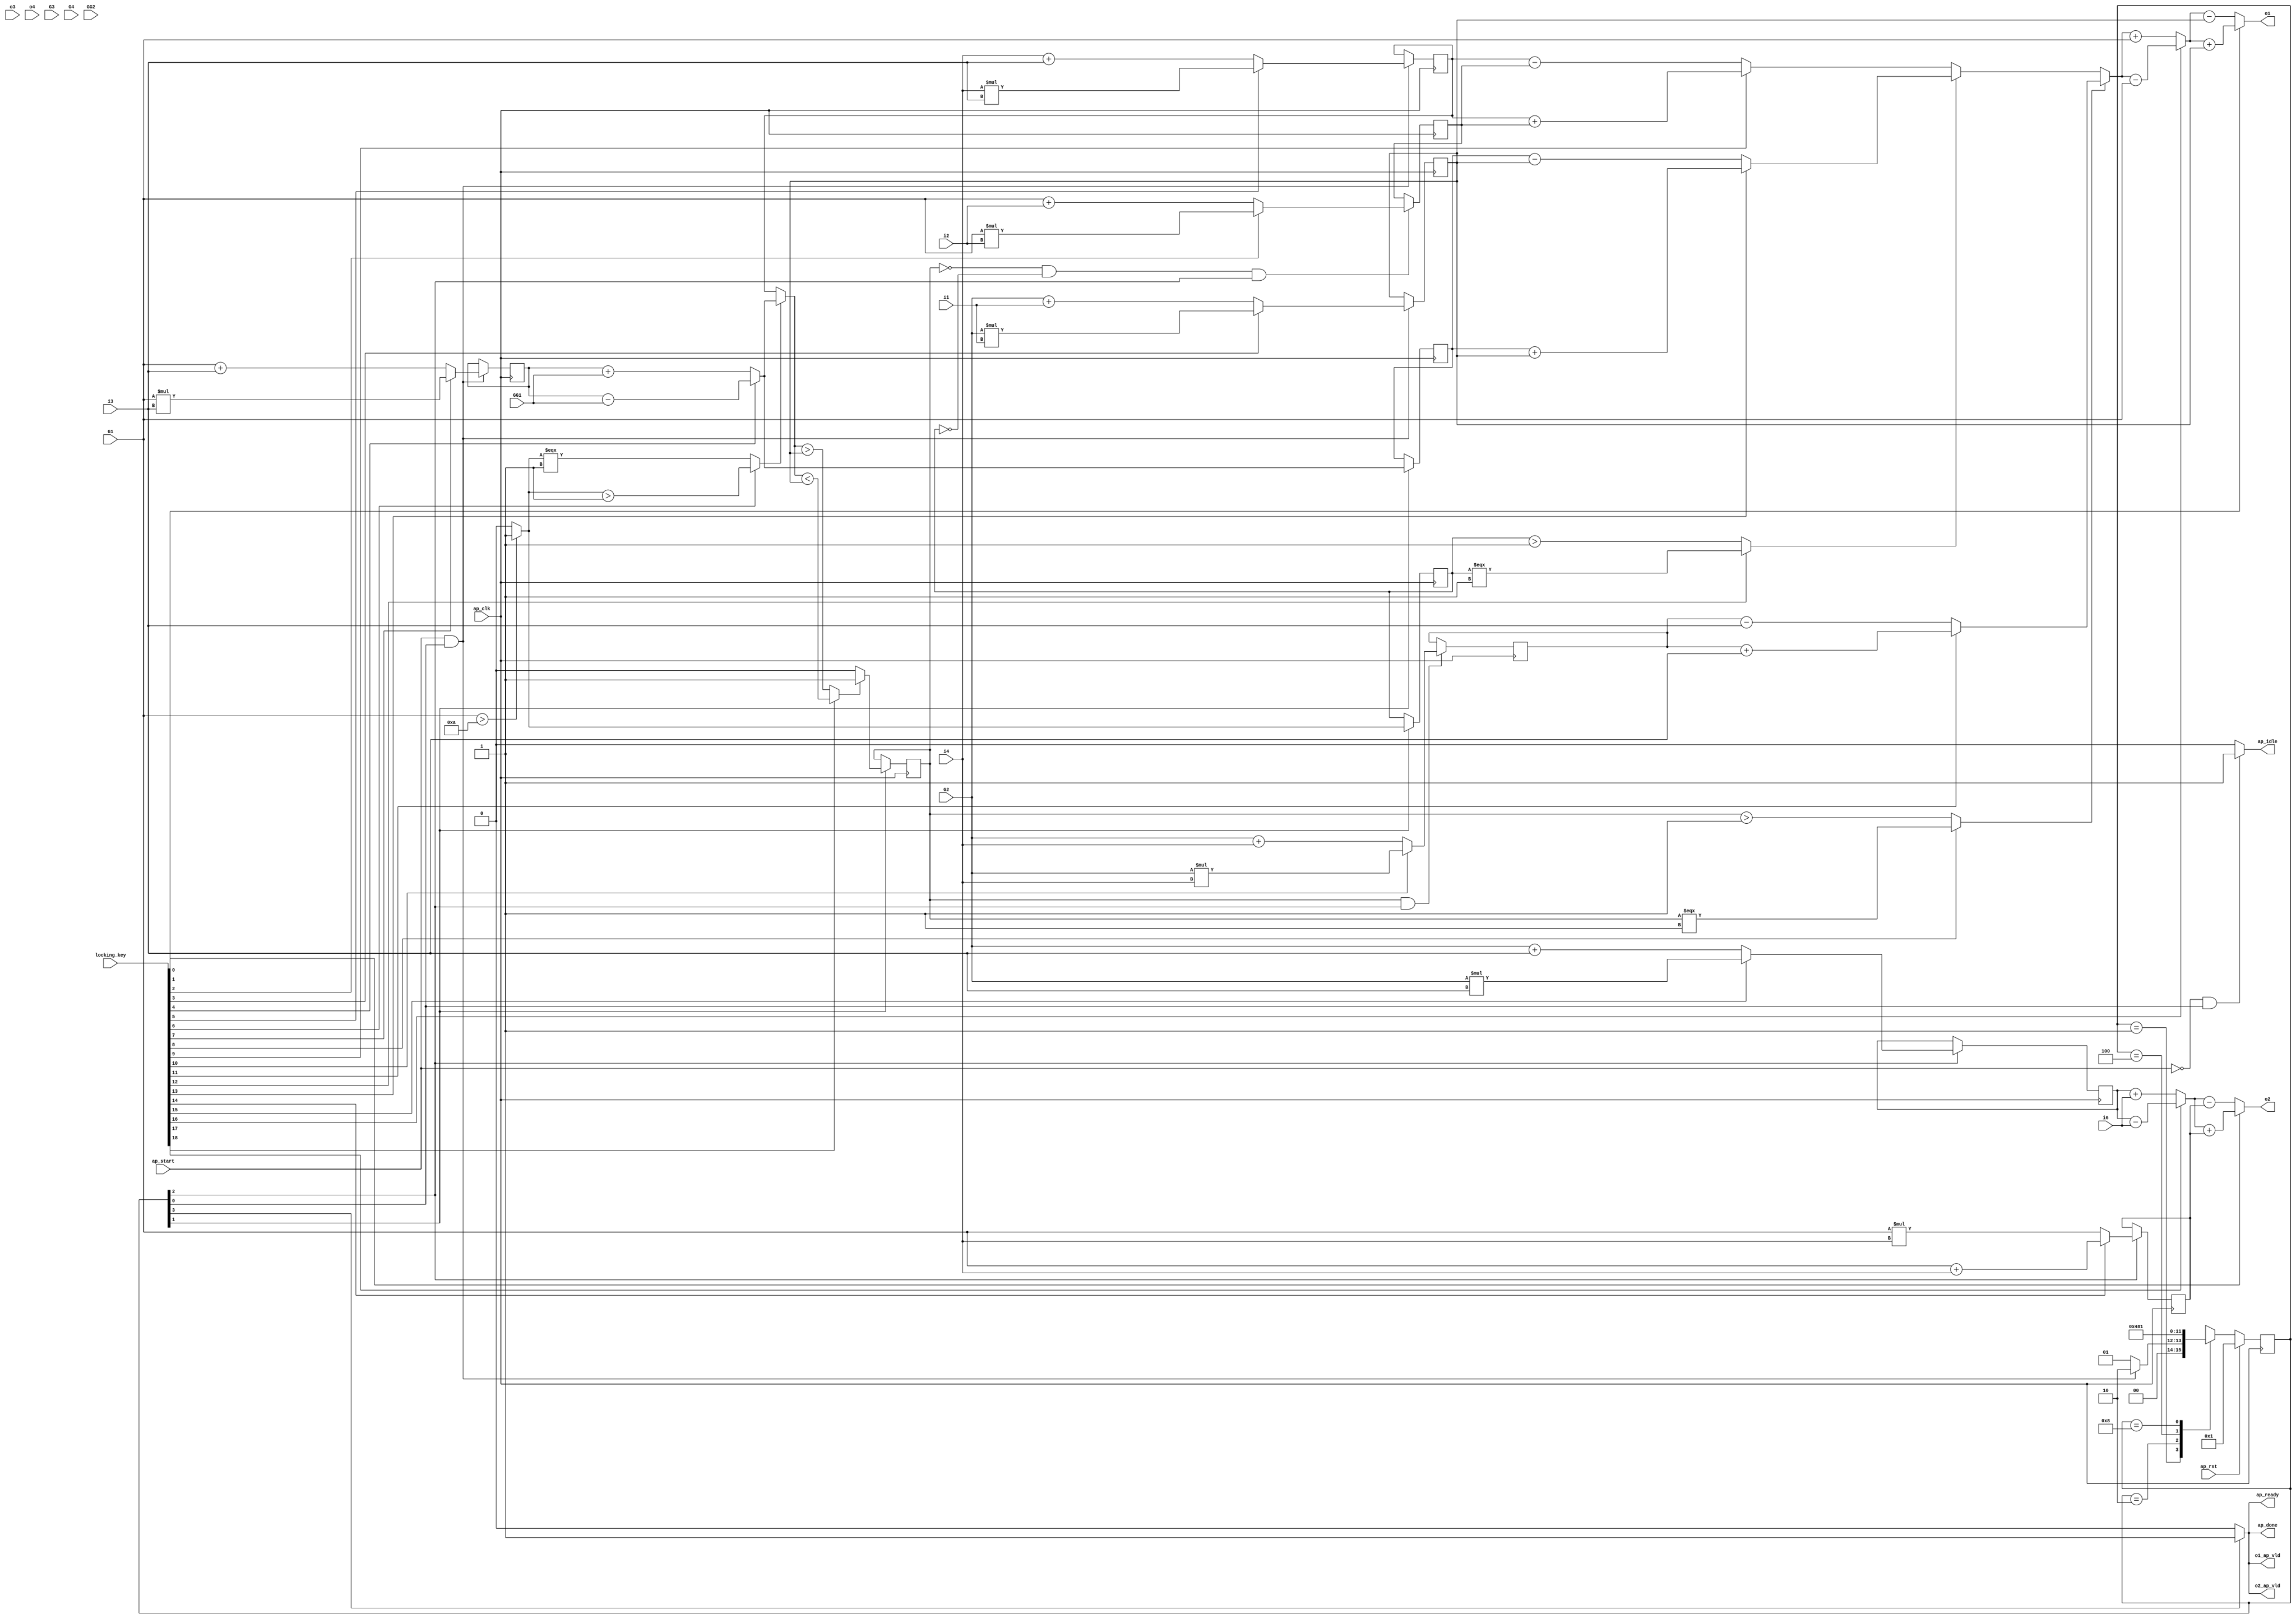

module hls_macc_nc_0_obf
(
  ap_clk,
  ap_rst,
  ap_start,
  ap_done,
  ap_idle,
  ap_ready,
  i1,
  i2,
  i3,
  i4,
  i6,
  o1,
  o1_ap_vld,
  o2,
  o2_ap_vld,
  o3,
  o4,
  G1,
  G2,
  G3,
  G4,
  GG1,
  GG2,
  locking_key
);

  parameter ap_ST_fsm_state1 = 4'd1;
  parameter ap_ST_fsm_state2 = 4'd2;
  parameter ap_ST_fsm_state3 = 4'd4;
  parameter ap_ST_fsm_state4 = 4'd8;
  input ap_clk;
  input ap_rst;
  input ap_start;
  output ap_done;
  output ap_idle;
  output ap_ready;
  input [31:0] i1;
  input [31:0] i2;
  input [31:0] i3;
  input [31:0] i4;
  input [31:0] i6;
  output [31:0] o1;
  output o1_ap_vld;
  output [31:0] o2;
  output o2_ap_vld;
  input [31:0] o3;
  input [31:0] o4;
  input [31:0] G1;
  input [31:0] G2;
  input [31:0] G3;
  input [31:0] G4;
  input [31:0] GG1;
  input [31:0] GG2;
  reg ap_done;
  reg ap_idle;
  reg ap_ready;
  reg o1_ap_vld;
  reg o2_ap_vld;
  reg [3:0] ap_CS_fsm;
  wire ap_CS_fsm_state1;
  wire [31:0] op4_fu_104_p2;
  reg [31:0] op4_reg_235;
  wire [31:0] op5_fu_110_p2;
  reg [31:0] op5_reg_242;
  wire [31:0] op5_2_fu_116_p2;
  reg [31:0] op5_2_reg_247;
  wire [0:0] tmp_fu_122_p2;
  reg [0:0] tmp_reg_253;
  wire ap_CS_fsm_state2;
  wire [31:0] op5_1_fu_127_p2;
  reg [31:0] op5_1_reg_258;
  wire [0:0] tmp_6_fu_139_p2;
  reg [0:0] tmp_6_reg_263;
  wire [31:0] op3_fu_144_p2;
  reg [31:0] op3_reg_268;
  wire ap_CS_fsm_state3;
  wire [31:0] op6_3_fu_149_p2;
  reg [31:0] op6_3_reg_273;
  wire [31:0] op7_fu_153_p2;
  reg [31:0] op7_reg_278;
  wire [31:0] op8_fu_157_p2;
  reg [31:0] op8_reg_283;
  wire ap_CS_fsm_state4;
  wire signed [31:0] op4_fu_104_p0;
  wire signed [31:0] op4_fu_104_p1;
  wire signed [31:0] op5_fu_110_p0;
  wire signed [31:0] op5_fu_110_p1;
  wire signed [31:0] op5_2_fu_116_p0;
  wire signed [31:0] op5_2_fu_116_p1;
  wire signed [31:0] tmp_fu_122_p0;
  wire [31:0] op5_3_fu_132_p3;
  wire signed [31:0] op3_fu_144_p0;
  wire signed [31:0] op3_fu_144_p1;
  wire signed [31:0] op6_3_fu_149_p0;
  wire signed [31:0] op6_3_fu_149_p1;
  wire signed [31:0] op7_fu_153_p0;
  wire signed [31:0] op7_fu_153_p1;
  wire signed [31:0] op8_fu_157_p0;
  wire signed [31:0] op8_fu_157_p1;
  wire [31:0] op6_fu_161_p2;
  wire [31:0] op6_2_fu_165_p2;
  wire signed [31:0] op6_4_fu_176_p1;
  wire [31:0] op6_4_fu_176_p2;
  wire [31:0] op6_5_fu_169_p3;
  wire [31:0] op6_1_fu_180_p3;
  wire signed [31:0] tmp1_fu_187_p1;
  wire [31:0] tmp1_fu_187_p2;
  wire [31:0] tmp2_fu_198_p2;
  reg [3:0] ap_NS_fsm;
  input [3070:0] locking_key;
  wire [19:0] working_key;

  initial begin
    #0 ap_CS_fsm = 4'd1;
  end


  always @(posedge ap_clk) begin
    if(ap_rst == 1'b1) begin
      ap_CS_fsm <= ap_ST_fsm_state1;
    end else begin
      ap_CS_fsm <= ap_NS_fsm;
    end
  end


  always @(posedge ap_clk) begin
    if((tmp_6_reg_263 == 1'd0) & (tmp_reg_253 == 1'd0) & (1'b1 == ap_CS_fsm_state3)) begin
      op3_reg_268 <= op3_fu_144_p2;
    end 
  end


  always @(posedge ap_clk) begin
    if((ap_start == 1'b1) & (1'b1 == ap_CS_fsm_state1)) begin
      op4_reg_235 <= op4_fu_104_p2;
      op5_2_reg_247 <= op5_2_fu_116_p2;
      op5_reg_242 <= op5_fu_110_p2;
    end 
  end


  always @(posedge ap_clk) begin
    if(1'b1 == ap_CS_fsm_state2) begin
      op5_1_reg_258 <= op5_1_fu_127_p2;
      tmp_6_reg_263 <= tmp_6_fu_139_p2;
      tmp_reg_253 <= tmp_fu_122_p2;
    end 
  end


  always @(posedge ap_clk) begin
    if((tmp_6_reg_263 == 1'd1) & (1'b1 == ap_CS_fsm_state3)) begin
      op6_3_reg_273 <= op6_3_fu_149_p2;
    end 
  end


  always @(posedge ap_clk) begin
    if(1'b1 == ap_CS_fsm_state3) begin
      op7_reg_278 <= op7_fu_153_p2;
      op8_reg_283 <= op8_fu_157_p2;
    end 
  end


  always @(*) begin
    if(1'b1 == ap_CS_fsm_state4) begin
      ap_done = 1'b1;
    end else begin
      ap_done = 1'b0;
    end
  end


  always @(*) begin
    if((ap_start == 1'b0) & (1'b1 == ap_CS_fsm_state1)) begin
      ap_idle = 1'b1;
    end else begin
      ap_idle = 1'b0;
    end
  end


  always @(*) begin
    if(1'b1 == ap_CS_fsm_state4) begin
      ap_ready = 1'b1;
    end else begin
      ap_ready = 1'b0;
    end
  end


  always @(*) begin
    if(1'b1 == ap_CS_fsm_state4) begin
      o1_ap_vld = 1'b1;
    end else begin
      o1_ap_vld = 1'b0;
    end
  end


  always @(*) begin
    if(1'b1 == ap_CS_fsm_state4) begin
      o2_ap_vld = 1'b1;
    end else begin
      o2_ap_vld = 1'b0;
    end
  end


  always @(*) begin
    case(ap_CS_fsm)
      ap_ST_fsm_state1: begin
        if((ap_start == 1'b1) & (1'b1 == ap_CS_fsm_state1)) begin
          ap_NS_fsm = ap_ST_fsm_state2;
        end else begin
          ap_NS_fsm = ap_ST_fsm_state1;
        end
      end
      ap_ST_fsm_state2: begin
        ap_NS_fsm = ap_ST_fsm_state3;
      end
      ap_ST_fsm_state3: begin
        ap_NS_fsm = ap_ST_fsm_state4;
      end
      ap_ST_fsm_state4: begin
        ap_NS_fsm = ap_ST_fsm_state1;
      end
      default: begin
        ap_NS_fsm = 'bx;
      end
    endcase
  end

  assign ap_CS_fsm_state1 = ap_CS_fsm[32'd0];
  assign ap_CS_fsm_state2 = ap_CS_fsm[32'd1];
  assign ap_CS_fsm_state3 = ap_CS_fsm[32'd2];
  assign ap_CS_fsm_state4 = ap_CS_fsm[32'd3];
  assign o1 = (working_key[0] == 1'b1)? tmp1_fu_187_p2 + op4_reg_235 : tmp1_fu_187_p2 - op4_reg_235;
  assign o2 = (working_key[1] == 1'b1)? tmp2_fu_198_p2 + op7_reg_278 : tmp2_fu_198_p2 - op7_reg_278;
  assign op3_fu_144_p0 = G1;
  assign op3_fu_144_p1 = i2;
  assign op3_fu_144_p2 = (working_key[2] == 1'b1)? op3_fu_144_p0 * op3_fu_144_p1 : op3_fu_144_p0 + op3_fu_144_p1;
  assign op4_fu_104_p0 = G2;
  assign op4_fu_104_p1 = i1;
  assign op4_fu_104_p2 = (working_key[3] == 1'b1)? op4_fu_104_p0 * op4_fu_104_p1 : op4_fu_104_p0 + op4_fu_104_p1;
  assign op5_1_fu_127_p2 = (working_key[4] == 1'b1)? op5_reg_242 - GG1 : op5_reg_242 + GG1;
  assign op5_2_fu_116_p0 = i4;
  assign op5_2_fu_116_p1 = i3;
  assign op5_2_fu_116_p2 = (working_key[5] == 1'b1)? op5_2_fu_116_p0 * op5_2_fu_116_p1 : op5_2_fu_116_p0 + op5_2_fu_116_p1;
  assign op5_3_fu_132_p3 = ((working_key[6] == 1'b1)? tmp_fu_122_p2[0:0] > 1'b1 : tmp_fu_122_p2[0:0] === 1'b1)? op5_1_fu_127_p2 : op5_2_reg_247;
  assign op5_fu_110_p0 = G1;
  assign op5_fu_110_p1 = i3;
  assign op5_fu_110_p2 = (working_key[7] == 1'b1)? op5_fu_110_p0 * op5_fu_110_p1 : op5_fu_110_p0 + op5_fu_110_p1;
  assign op6_1_fu_180_p3 = ((working_key[8] == 1'b1)? tmp_6_reg_263[0:0] === 1'b1 : tmp_6_reg_263[0:0] > 1'b1)? op6_4_fu_176_p2 : op6_5_fu_169_p3;
  assign op6_2_fu_165_p2 = (working_key[9] == 1'b1)? op5_2_reg_247 + op3_reg_268 : op5_2_reg_247 - op3_reg_268;
  assign op6_3_fu_149_p0 = G2;
  assign op6_3_fu_149_p1 = i4;
  assign op6_3_fu_149_p2 = (working_key[10] == 1'b1)? op6_3_fu_149_p0 * op6_3_fu_149_p1 : op6_3_fu_149_p0 + op6_3_fu_149_p1;
  assign op6_4_fu_176_p1 = i3;
  assign op6_4_fu_176_p2 = (working_key[11] == 1'b1)? op6_3_reg_273 + op6_4_fu_176_p1 : op6_3_reg_273 - op6_4_fu_176_p1;
  assign op6_5_fu_169_p3 = ((working_key[12] == 1'b1)? tmp_reg_253[0:0] === 1'b1 : tmp_reg_253[0:0] > 1'b1)? op6_fu_161_p2 : op6_2_fu_165_p2;
  assign op6_fu_161_p2 = (working_key[13] == 1'b1)? op5_1_reg_258 + op4_reg_235 : op5_1_reg_258 - op4_reg_235;
  assign op7_fu_153_p0 = G1;
  assign op7_fu_153_p1 = i4;
  assign op7_fu_153_p2 = (working_key[14] == 1'b1)? op7_fu_153_p0 + op7_fu_153_p1 : op7_fu_153_p0 * op7_fu_153_p1;
  assign op8_fu_157_p0 = G2;
  assign op8_fu_157_p1 = i3;
  assign op8_fu_157_p2 = (working_key[15] == 1'b1)? op8_fu_157_p0 * op8_fu_157_p1 : op8_fu_157_p0 + op8_fu_157_p1;
  assign tmp1_fu_187_p1 = G1;
  assign tmp1_fu_187_p2 = (working_key[16] == 1'b1)? op6_1_fu_180_p3 - tmp1_fu_187_p1 : op6_1_fu_180_p3 + tmp1_fu_187_p1;
  assign tmp2_fu_198_p2 = (working_key[17] == 1'b1)? op8_reg_283 - i6 : op8_reg_283 + i6;
  assign tmp_6_fu_139_p2 = ((working_key[18] == 1'b1)? op5_3_fu_132_p3 < op4_reg_235 : op5_3_fu_132_p3 > op4_reg_235)? 1'b1 : 1'b0;
  assign tmp_fu_122_p0 = G1;
  assign tmp_fu_122_p2 = ((working_key[19] == 1'b1)? tmp_fu_122_p0 > 32'd10 : tmp_fu_122_p0 > 32'd10)? 1'b1 : 1'b0;
  assign working_key = { locking_key[19:0] };

endmodule